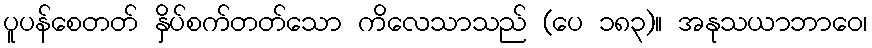
ပူပန်စေတတ် နှိပ်စက်တတ်သော ကိလေသာသည် (ပေ ၁၈၃)။ အနုသယာဘာဝေ၊